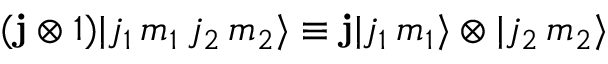
( \mathbf { j } \otimes 1 ) | j _ { 1 } \, m _ { 1 } \, j _ { 2 } \, m _ { 2 } \rangle \equiv \mathbf { j } | j _ { 1 } \, m _ { 1 } \rangle \otimes | j _ { 2 } \, m _ { 2 } \rangle